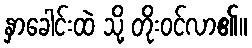
နှာခေါင်းထဲ သို့ တိုးဝင်လာ၏။